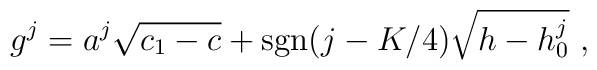
g^j=a^j \sqrt{c_1-c}+{\rm sgn}(j-K/4)\sqrt{h-h^j_0}{}~,